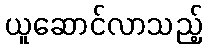
ယူဆောင်လာသည့်